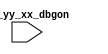
/*Copyright 2018-2021 T-Head Semiconductor Co., Ltd.

Licensed under the Apache License, Version 2.0 (the "License");
you may not use this file except in compliance with the License.
You may obtain a copy of the License at

    http://www.apache.org/licenses/LICENSE-2.0

Unless required by applicable law or agreed to in writing, software
distributed under the License is distributed on an "AS IS" BASIS,
WITHOUT WARRANTIES OR CONDITIONS OF ANY KIND, either express or implied.
See the License for the specific language governing permissions and
limitations under the License.
*/

// &ModuleBeg; @23
module cr_coretim_top_dummy(
  iu_yy_xx_dbgon
);

// &Ports; @24
input        iu_yy_xx_dbgon; 

// &Regs; @25

// &Wires; @26



// //&Force("input", "pad_ctim_refclk"); @29
// &Force("input", "iu_yy_xx_dbgon"); @30
// //&Force("output", "ctim_pad_int_vld"); @31

// &ModuleEnd; @33
endmodule